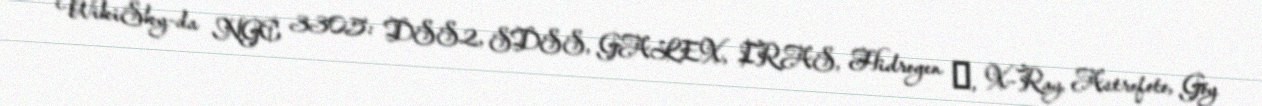
WikiSky-da NGC 3305: DSS2, SDSS, GALEX, IRAS, Hidrogen α, X-Ray, Astrofoto, Göy